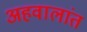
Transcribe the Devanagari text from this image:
अहवालांत